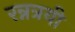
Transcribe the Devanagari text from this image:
रन्नत्रयी